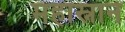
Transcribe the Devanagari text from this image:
महास्नान